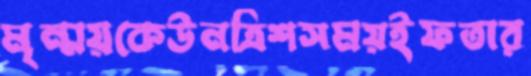
মৃন্ময়কেউনত্রিশসময়ইফতার